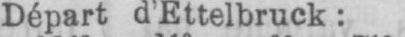
Départ d’Ettelbruck: